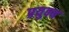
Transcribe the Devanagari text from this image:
प्रयुक्य